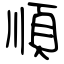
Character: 順